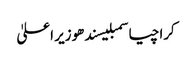
کراچیاسمبلیسندھوزیر اعلیٰ